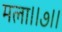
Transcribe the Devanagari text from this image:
मला।।७।।